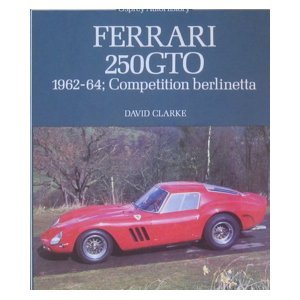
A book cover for Ferrari 250 GTO; David Clarke; Engineering & Transportation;